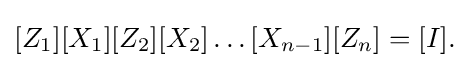
[Z_{1}][X_{1}][Z_{2}][X_{2}]\ldots [X_{n-1}][Z_{n}]=[I].\!